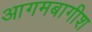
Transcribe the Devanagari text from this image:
आगमबागीश